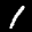
Label: 1